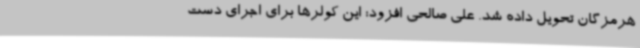
هرمزگان تحویل داده شد. علی صالحی افزود: این کولرها برای اجرای دست